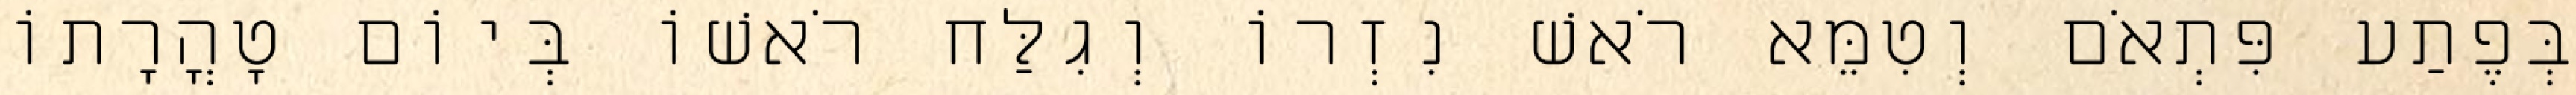
בְּפֶתַע פִּתְאֹם וְטִמֵּא רֹאשׁ נִזְרוֹ וְגִלַּח רֹאשׁוֹ בְּיוֹם טָהֳרָתוֹ